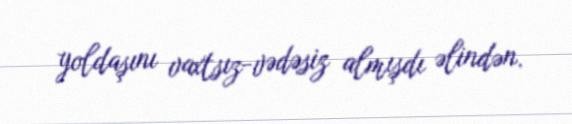
yoldaşını vaxtsız-vədəsiz almışdı əlindən.